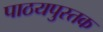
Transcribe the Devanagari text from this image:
पाठयपुस्तक